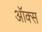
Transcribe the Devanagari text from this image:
ऑक्‍स